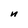
Character: n